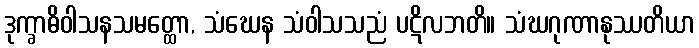
ဒုက္ခာဓိဝါသနသမတ္ထော, သံဃေန သံဝါသသညံ ပဋိလဘတိ။ သံဃဂုဏာနုဿတိယာ